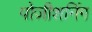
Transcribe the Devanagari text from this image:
पोज़ीशनिंग